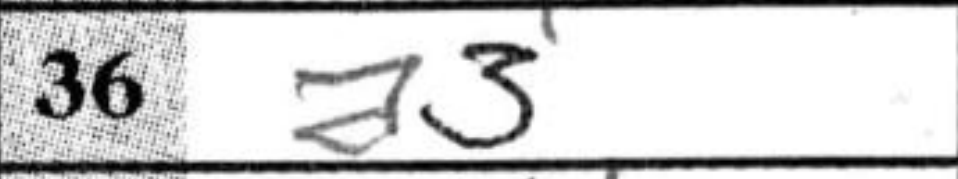
Transcription: a3